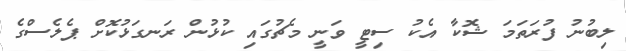
ލިބުނު ފުރަތަމަ ޝޮކާ އެކު ސިޓީ ވަނީ މެޗުގައި ކުޅުން ރަނގަޅުކޮށް ޕެލެސްގެ